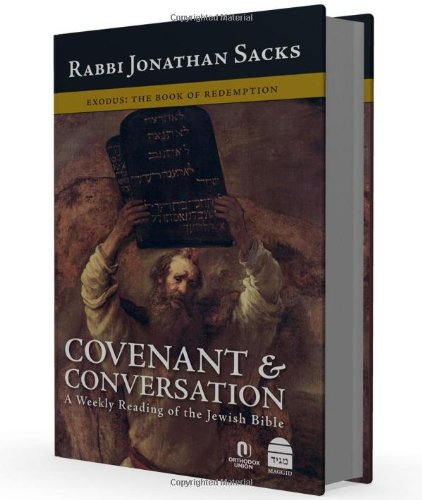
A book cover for Covenant & Conversation Exodus: The Book of Redemption; Jonathan Sacks; Religion & Spirituality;